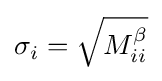
\sigma _{i}={\sqrt {M_{ii}^{\beta }}}